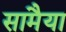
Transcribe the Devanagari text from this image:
सामैया